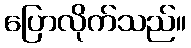
ပြောလိုက်သည်။